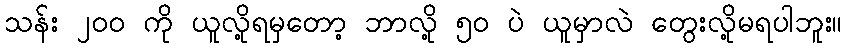
သန်း ၂၀၀ ကို ယူလို့ရမှတော့ ဘာလို့ ၅၀ ပဲ ယူမှာလဲ တွေးလို့မရပါဘူး။